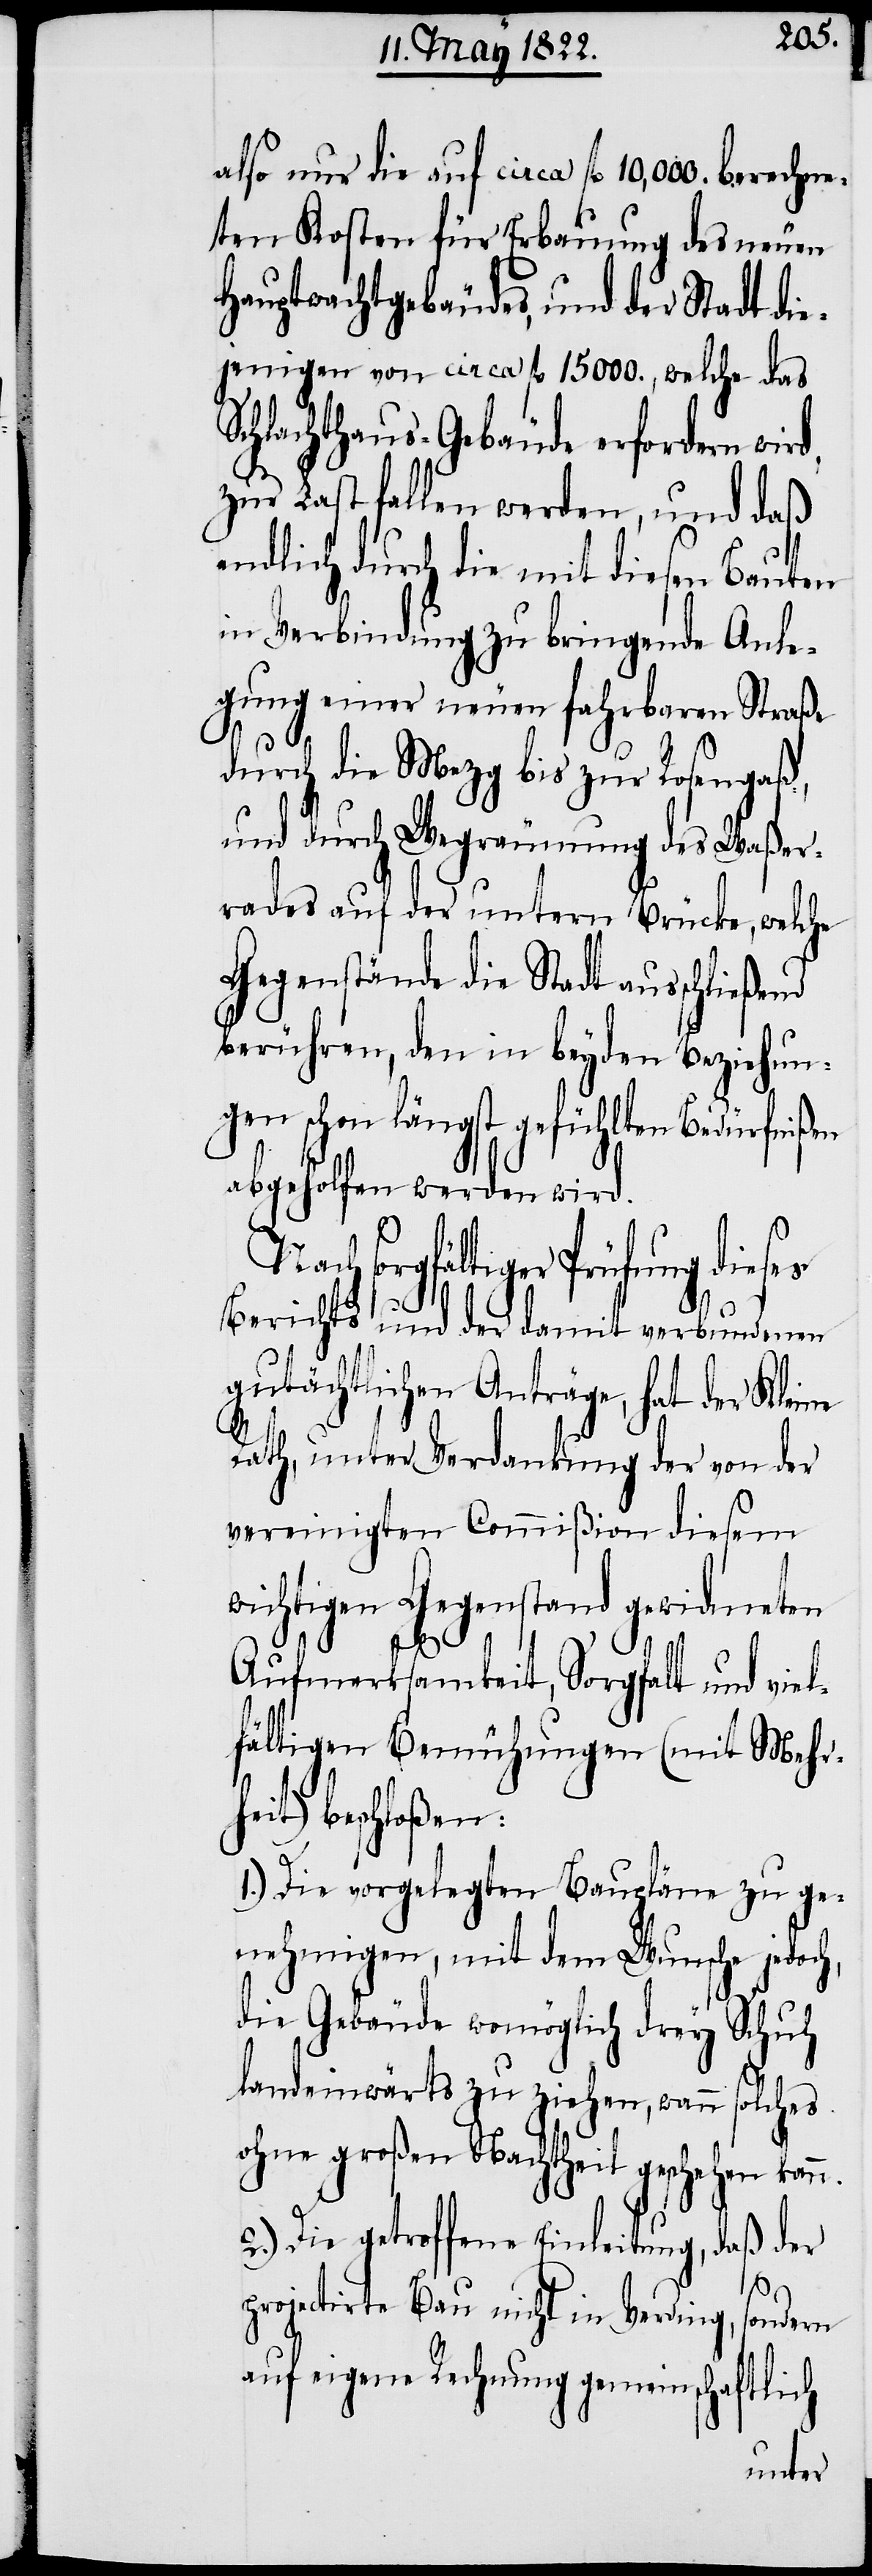
also nur die auf circa fl 10,000. berechne¬
ten Kosten für Erbauung des neuen
Hauptwachtgebäudes, und der Stadt die¬
jenigen von circa fl 15000., welche das
Schlachthaus-Gebäude erfordern wird,
zur Last fallen werden, und daß
endlich durch die mit diesen Bauten
in Verbindung zu bringende Anle¬
gung einer neuen fahrbaren Straße
durch die Mezg bis zur Rosengaß,
und durch Wegräumung des Waßer¬
rades auf der untern Brücke, welche
Gegenstände die Stadt ausschließend
berühren, den in beyden Beziehun¬
gen schon längst gefühlten Bedürfni¬
abgeholfen werden wird.
sorgfältiger Prüfung dieses
Berichts und der damit verbundenen
gutächtlichen Anträge, hat der Kleine
Rath, unter Verdankung der von der
vereinigten Commißion diesem
wichtigen Gegenstand gewidmeten
Aufmerksamkeit, Sorgfalt und viel¬
fältigen Bemühungen (mit Mehr¬
heit) beschloßen:
1.) Die vorgelegten Baupläne zu ge¬
nehmigen, mit dem Wunsche jedoch,
die Gebäude womöglich drey Schuh
landeinwärts zu ziehen, wann solches
ohne großen Nachtheil geschehen
2.) Die getroffene Einleitung, daß der
ßen
projectirte Bau nicht in Verding,
sondern
auf eigene Rechnung gemeinschaftlich